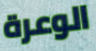
الوعرة